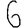
Digit: 6